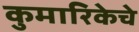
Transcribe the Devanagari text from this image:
कुमारिकेचे